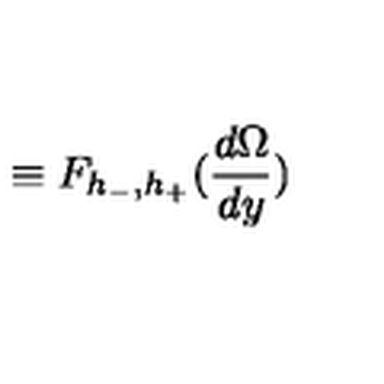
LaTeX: \equiv F _ { h _ { - } , h _ { + } } ( \frac { d \Omega } { d y } )